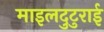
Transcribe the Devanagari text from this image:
माइलदुटुराई